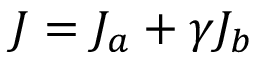
J = J _ { a } + \gamma J _ { b }